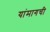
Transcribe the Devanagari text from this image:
यांमागची